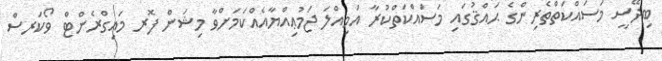
ބިދޭސީ މަސައްކަތްތެރިންގެ ޙައްޤުގައި މަސައްކަތްކުރާ އަމިއްލަ ޖަމުޢިއްޔާއެއްކަމަށްވާ މިޝަން ފޮރ މައިގްރެންޓް ވޯކަރސް